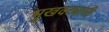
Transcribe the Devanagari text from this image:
मुखवट्यांची